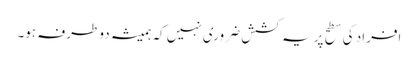
افراد کی سطح پر یہ کشش ضروری نہیں کہ ہمیشہ دو طرفہ ہو۔